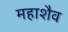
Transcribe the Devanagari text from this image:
महाशैव